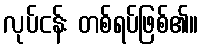
လုပ်ငန်း တစ်ရပ်ဖြစ်၏။